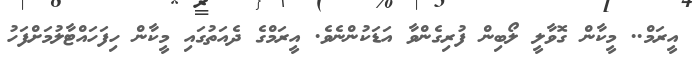
އީރަމް.. މީކާން ގޮވާލީ ލޯބިން ފުރިގެންވާ އަޑަކުންނެވެ. އީރަމްގެ ދެއަތުގައި މީކާން ހިފަހައްޓާލުމަށްފަހު